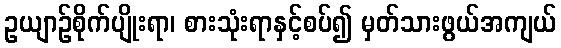
ဥယျာဉ်စိုက်ပျိုးရာ၊ စားသုံးရာနှင့်စပ်၍ မှတ်သားဖွယ်အကျယ်